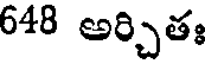
648 అర్చితః